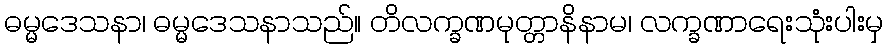
ဓမ္မဒေသနာ၊ ဓမ္မဒေသနာသည်။ တိလက္ခဏမုတ္တာနိနာမ၊ လက္ခဏာရေးသုံးပါးမှ